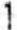
1